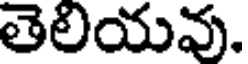
తెలియవు.